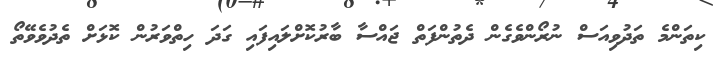
ކިތަންމެ ތަދުވިއަސް ނުރޯންވެގެން ދެތުންފަތް ޖައްސާ ބާރުކޮށްލައިފައި ގަދަ ހިތްވަރުން ކޮޅަށް ތެދުވެވޭތޯ